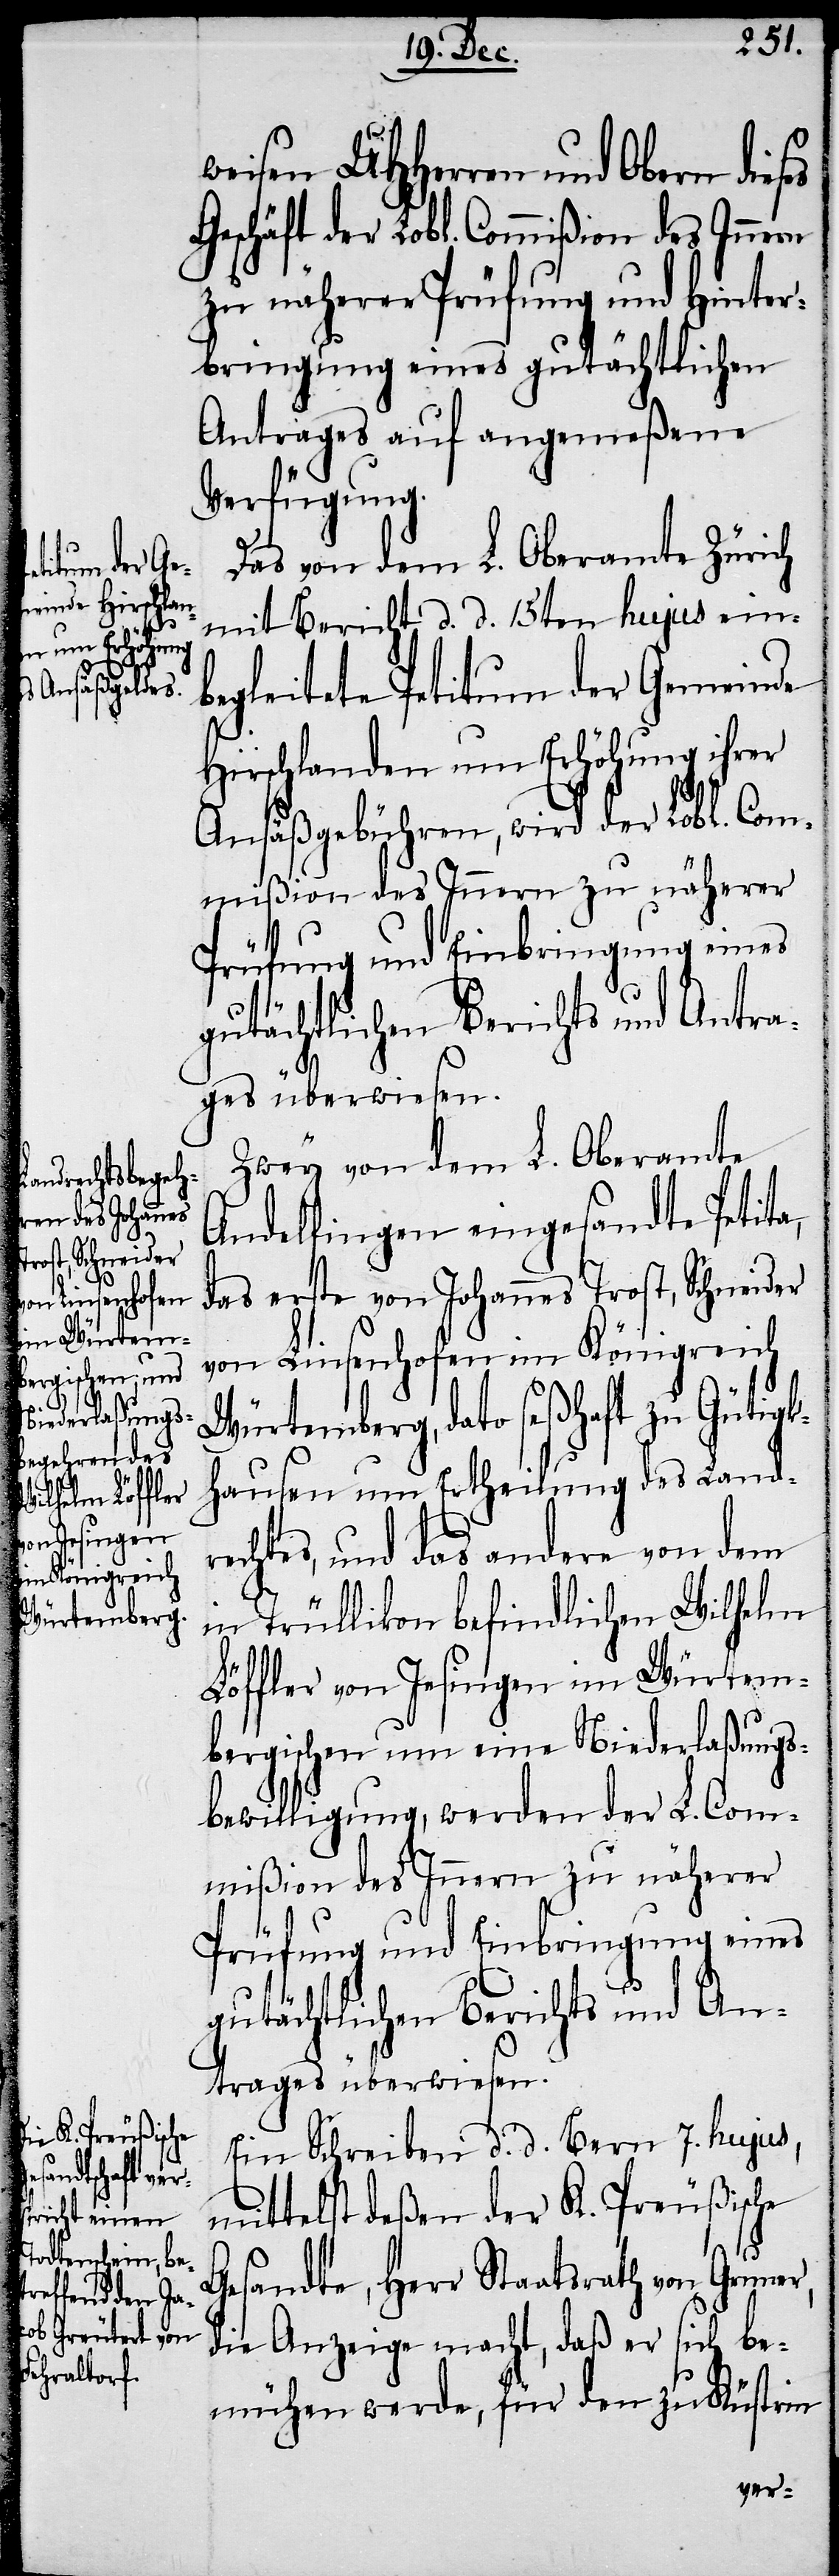
weisen UHHerren und Obern dies¬
Geschäft der Lobl. Commißion des Innern
zu näherer Prüfung und Hinter¬
bringung eines gutächtlichen
Antrages auf angemeßene
Verfügung.
Das von dem L. Oberamte Zürich
mit Bericht d. d. 15ten hujus ein¬
begleitete Petitum der Gemeinde
Hirschlanden um Erhöhung ihrer
Ansäßgebühren, wird der Lobl. Com¬
mißion des Innern zu näherer
Prüfung und Einbringung eines
Zwey von dem Lobl. Oberamte
Andelfingen eingesandte Petita,
das erste von Johannes Trost, Schneider
von Linsenhofen im Königreich
Würtemberg, dato seßhaft zu Gütig¬
khausen um Ertheilung des Landr¬
echtes, und das andere von dem
in Trüllikon befindlichen Wilhelm
Löffler von Jesingen im Würtem¬
bergischen um eine Niederlaßungs¬
bewilligung, werden der L. Com¬
mißion des Innern zu näherer
Prüfung und Einbringung eines
gutächtlichen Berichts und An¬
trages überwiesen
Ein Schreiben d. d. Bern 7. hujus,
mittelst deßen der K. Preußische
Gesandte, Herr Staatsrath von Gruner,
die Anzeige macht, daß er sich be¬
mühen werde, für den zu Küstrin
es